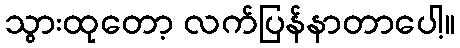
သွားထုတော့ လက်ပြန်နာတာပေါ့။